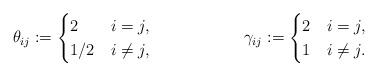
LaTeX: \begin{align*}&\theta_{ij} := \begin{cases}2 & i=j,\\1/2 & i\ne j,\end{cases}&\gamma_{ij} := \begin{cases}2 & i=j,\\1 & i\ne j.\end{cases}\end{align*}